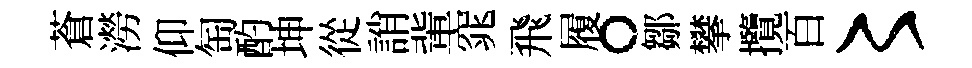
蒼澇仰匋酌坤從誚軰窕飛履。鄒攀攬百〻